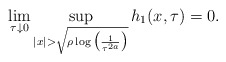
\begin{align*} \lim_{\tau \downarrow 0}\sup_{|x| > \sqrt{\rho \log\big(\frac{1}{\tau^{2a}}\big)}} h_{1}(x,\tau) = 0.\end{align*}